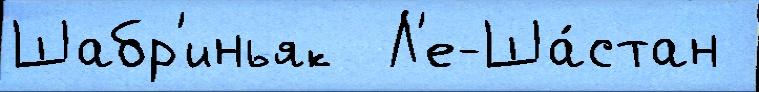
Шабр'иньяк  Л'е-Ша́стан